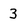
Character: 3